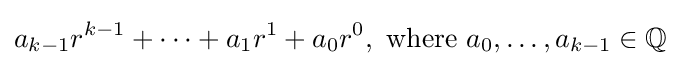
a_{k-1}r^{k-1}+\cdots +a_{1}r^{1}+a_{0}r^{0},{\text{ where }}a_{0},\ldots ,a_{k-1}\in \mathbb {Q}